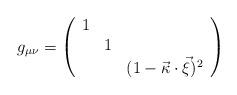
LaTeX: \begin{align*}g_{\mu\nu}= \left( \begin{array}{ccc} 1 & & \\ & 1 & \\ & & (1-\vec{\kappa} \cdot \vec{\xi})^2 \end{array} \right) \end{align*}